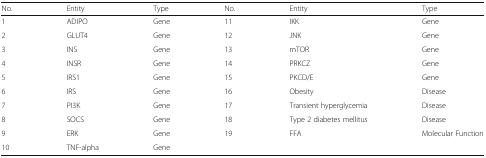
| No. | Entity | Type | No. | Entity | Type |
 | --- | --- | --- | --- | --- | --- |
 | 1 | ADIPO | Gene | 11 | IKK | Gene |
 | 2 | GLUT4 | Gene | 12 | JNK | Gene |
 | 3 | INS | Gene | 13 | mTOR | Gene |
 | 4 | INSR | Gene | 14 | PRKCZ | Gene |
 | 5 | IRS1 | Gene | 15 | PKCD/E | Gene |
 | 6 | IRS | Gene | 16 | Obesity | Disease |
 | 7 | PI3K | Gene | 17 | Transient hyperglycemia | Disease |
 | 8 | SOCS | Gene | 18 | Type 2 diabetes mellitus | Disease |
 | 9 | ERK | Gene | 19 | FFA | Molecular Function |
 | 10 | TNF-alpha | Gene |  |  |  |